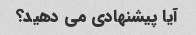
آیا پیشنهادی می دهید؟